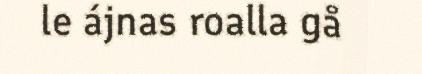
le ájnas roalla gå